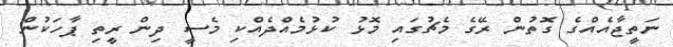
ނަތީޖާއެއްގެ ގޮތުން ރޭގެ މެޗުގައި މޮޅު ކުޅުމެއްދެއްކި މެސީ ދިން ރީތި ޕާހަކުން